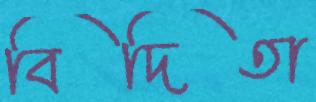
বিদিতা